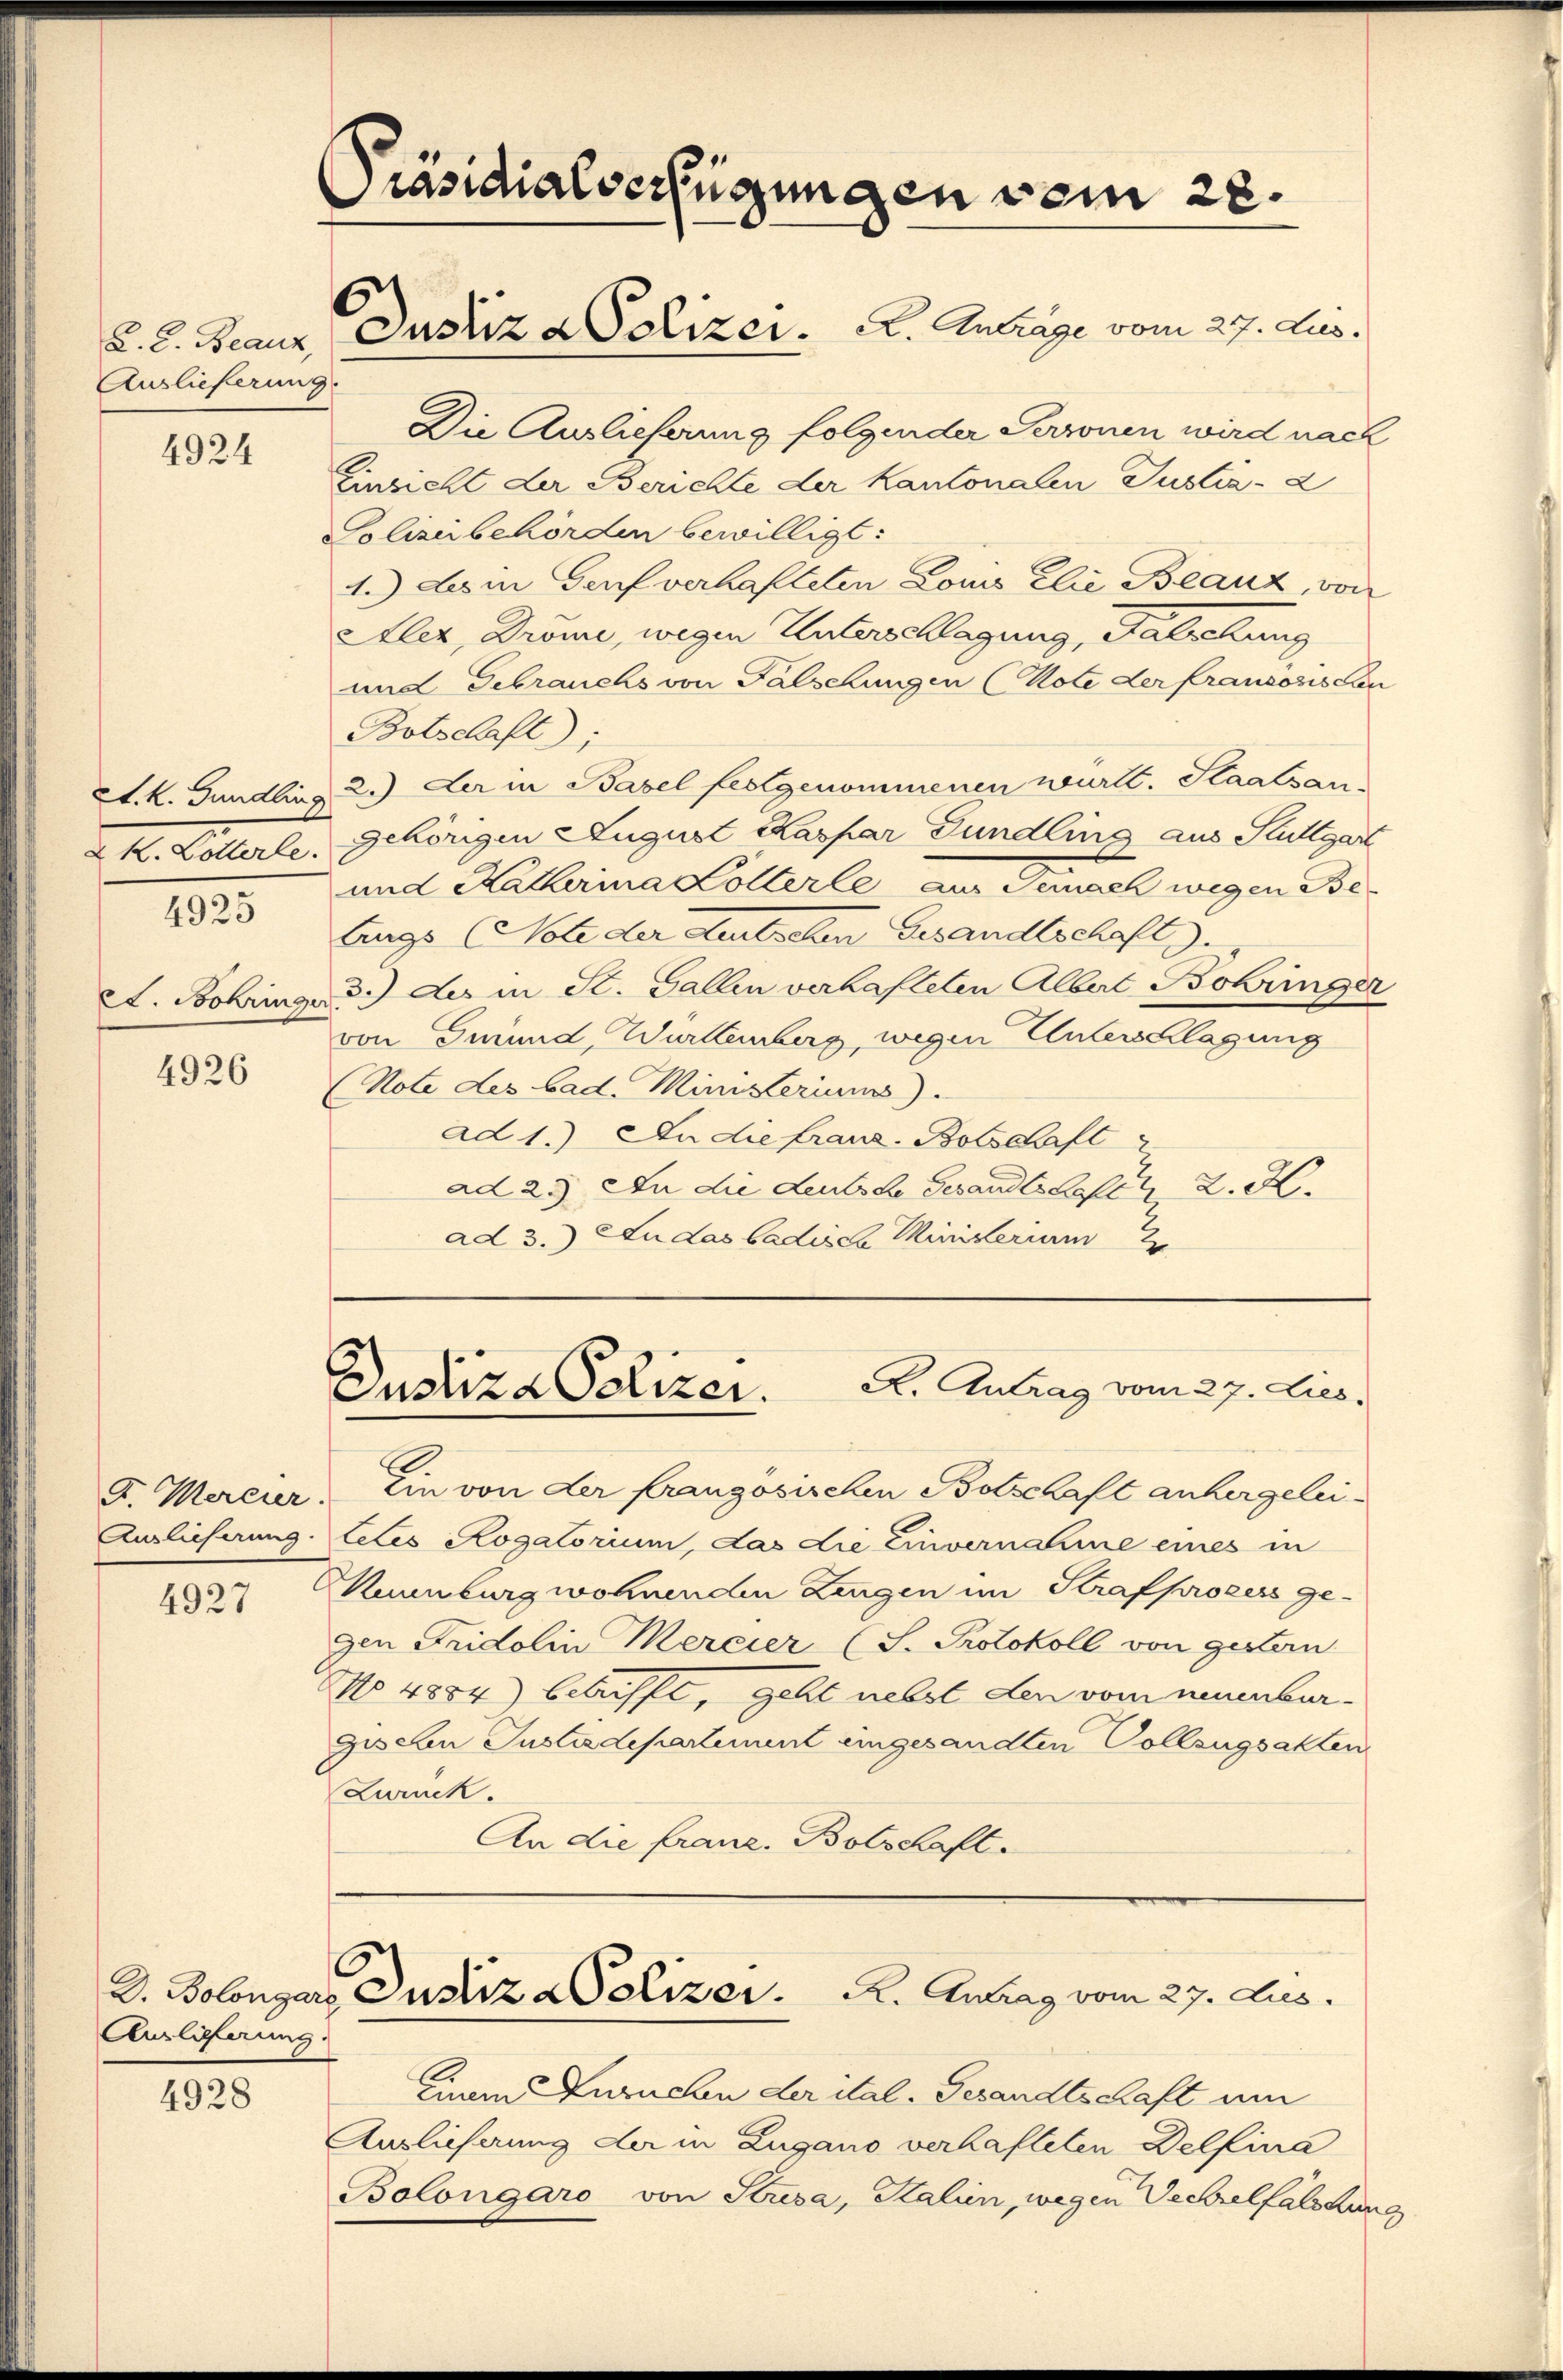
C. C. Beauz,
Auslieferung.

4924

A. k. Gundling
2 k. Lotterle

4925

A. Bohringer

4926

4927

Auslicherung.

4928

Präsidialverfügungen vom 28.

Justiz a Polizer. A. Antrage vom 27. Jus

Die Auslieferung folgender Personen wird nach
Einsicht der Berichte der Kantonalen Justiz- &
Polizeibehörden bewilligt:
1.) des in Genf verhafteten Louis Elie Beauz, von
Alez, Drome, wegen Unterschlagung, Falschung
und Gebrauchs von Falschungen (Note der franzosischen
Botschaft);
2.) Der in Basel festgenommenen württ. Staatsan-
gehörigen August Kaspar Fundling aus Stuttgart
und Katharina Kollerle aus Gemach wegen Be
lings (Note der Deutschen Gesandtschaft).
3.) der in St. Gallen verhafteten Albert Bohringer
von Grund, Wartemberg, wegen Unterschlagung
Note des bad. Ministerium).
ad 1.) An die franz. Botschaft
ad 2. In die Leutsche Gesandtshofen 2. H.
ad 3.) An das badisch Ministerium

Justiza Polizer. A. Antrag vom 27. Lies,

2.
G. Mercier. Ein von der französischen Botschaft anhergelei¬
Auslieferung. Celes Rogatorium, das die Einvernahme eines in
Maumburg wohnenden Lungen im Strafprozess ge-
gen Fridolin Mercier (S. Protokoll von gestern
No 4884) betrifft, geht nebst den vom neuenburgischen Justizdepartement eingesandten Vollzugsakten
Zurück.
An die franz. Botschaft.

D. Bolonzer Justiz Polizer. R. Antrag vom 27. Aus

Einem Zuruchen der ital. Gesandtschaft um
Auslieferung der in Zugano verhafteten Delfina
Bolongaro von Stresa, Kalien, wegen Vechselfälschung